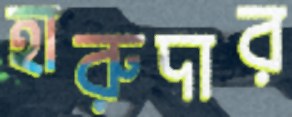
হারুদার